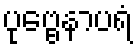
ပုဗ္ဗေနာပရံ